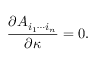
{ \frac { \partial { \cal A } _ { i _ { 1 } \cdots i _ { n } } } { \partial \kappa } } = 0 .